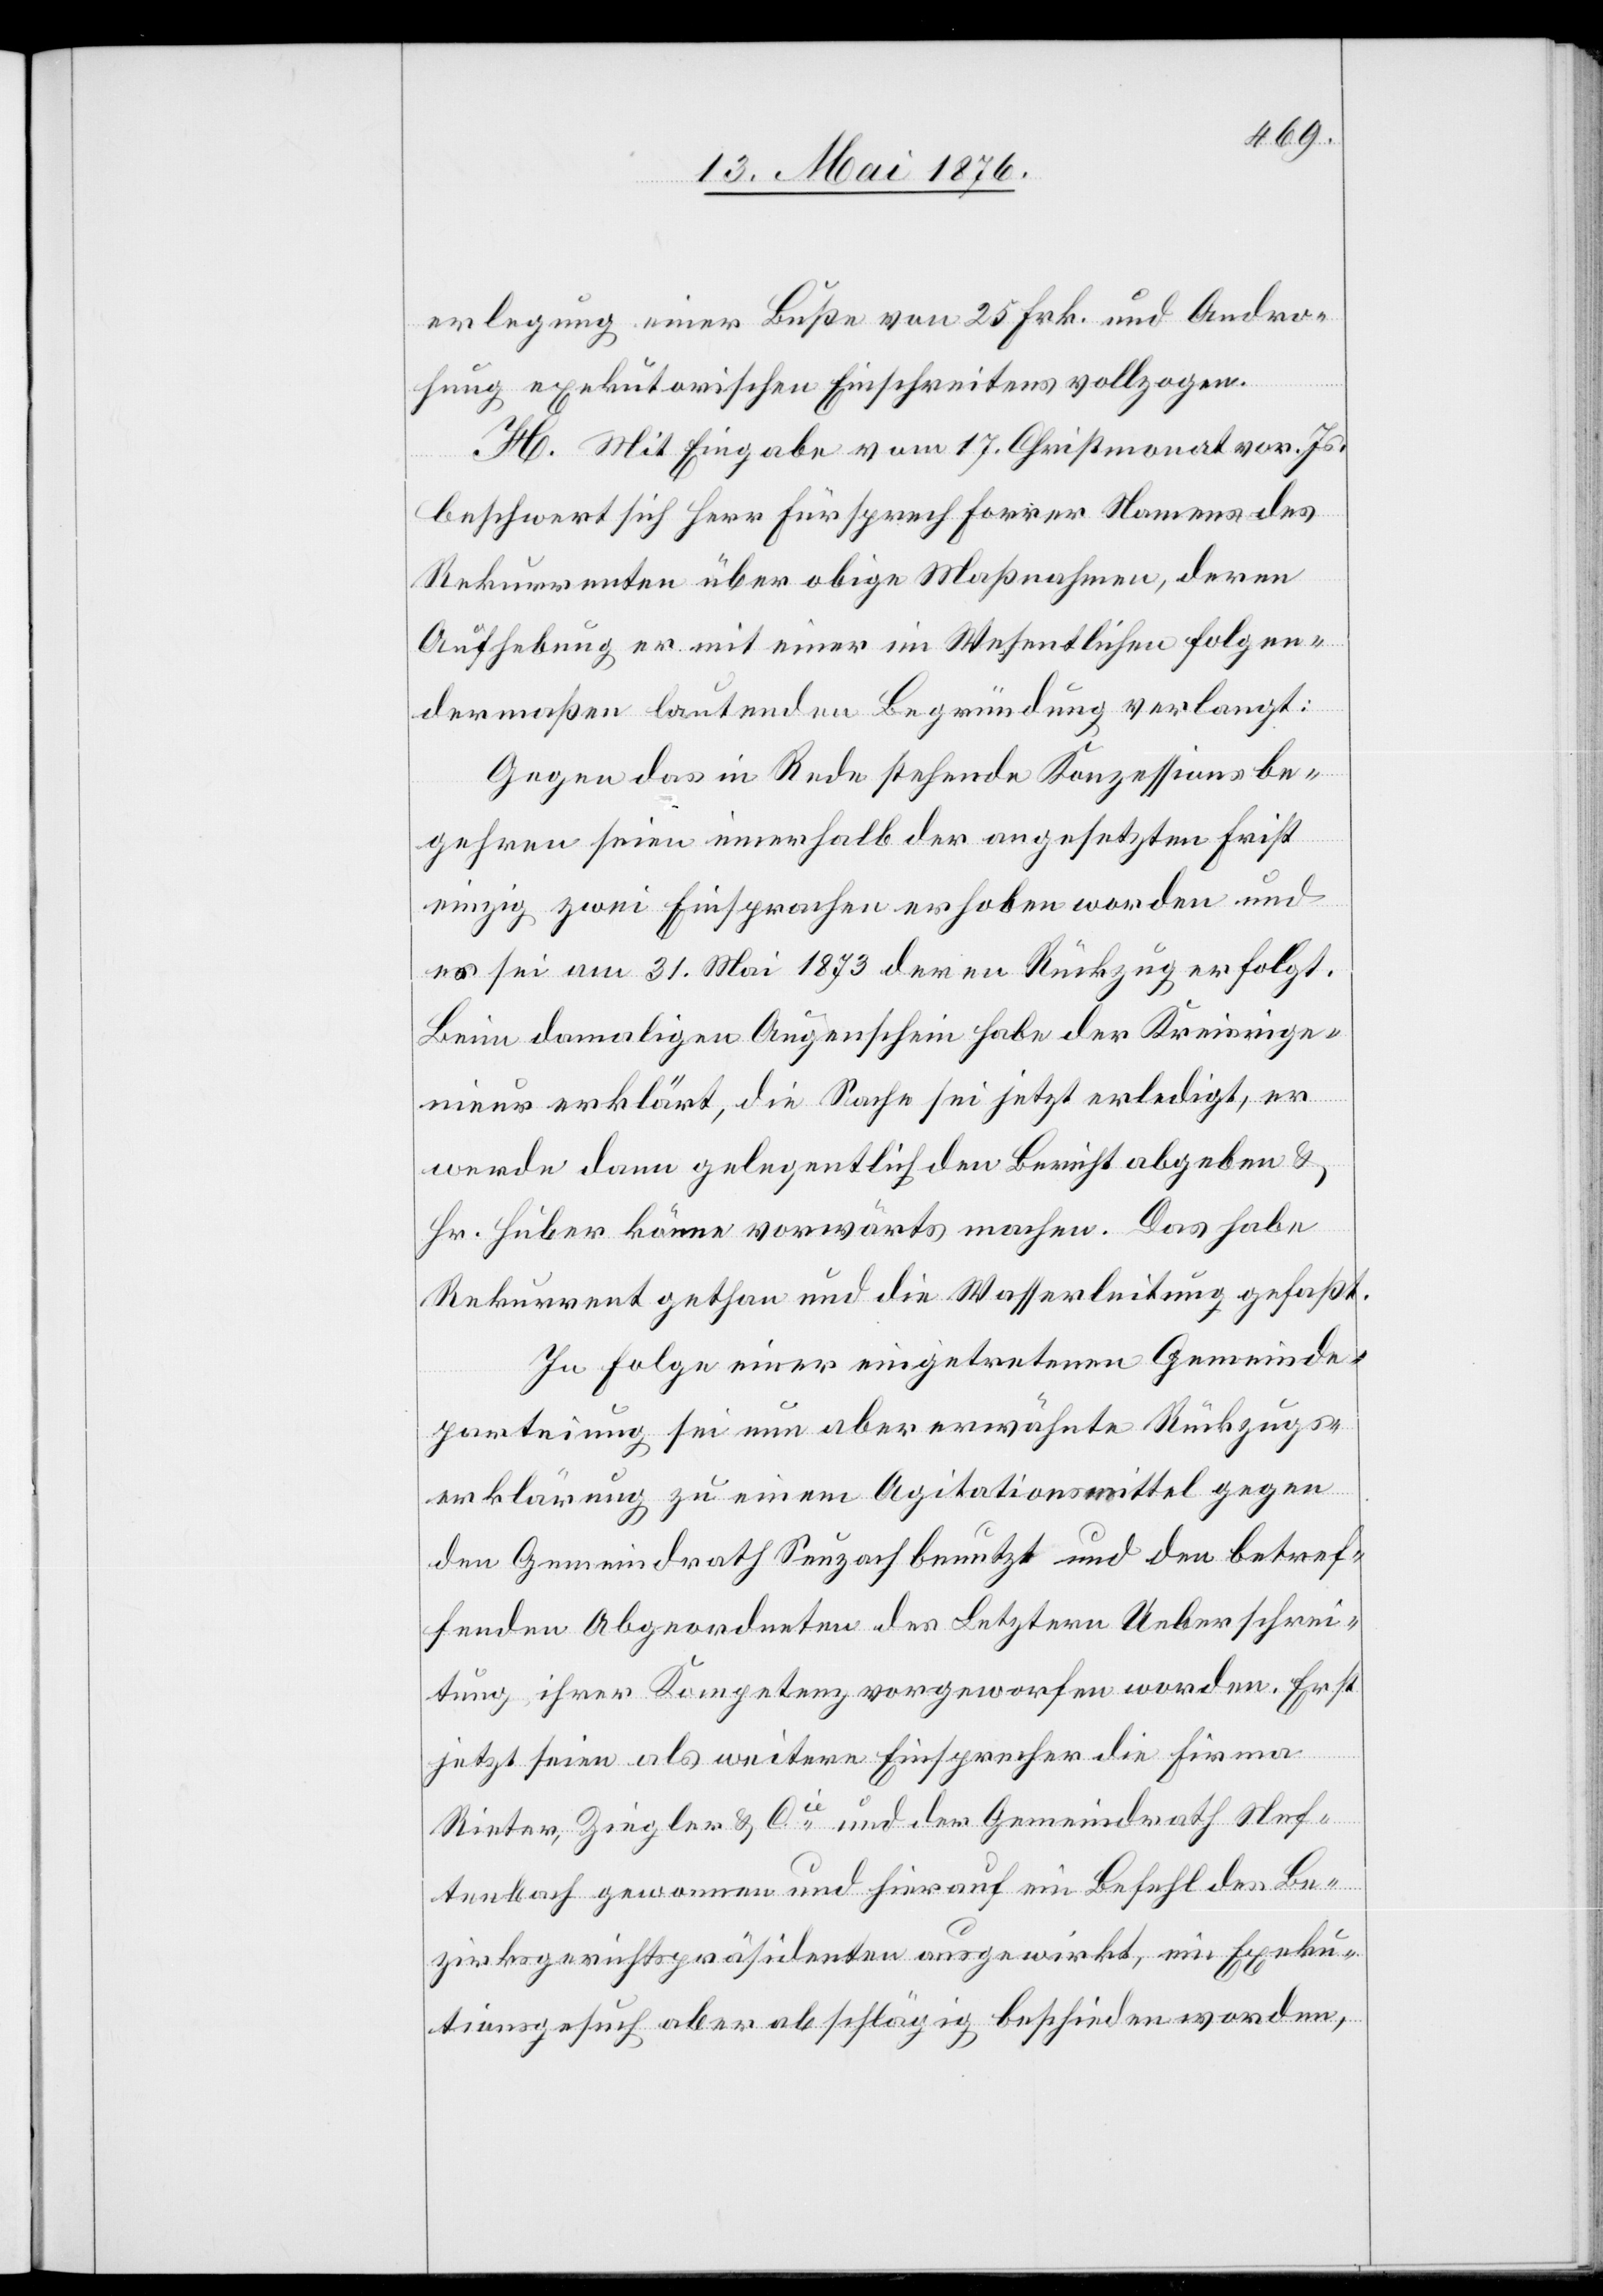
erlegung einer Buße von 25 Frk. und Andro¬
hung exekutorischen Einschreitens vollzogen.
H. Mit Eingabe vom 17. Christmonat vor. Js.
beschwert sich Herr Fürsprech Forrer Namens des
Rekurrenten über obige Maßnahmen, deren
Aufhebung er mit einer im Wesentlichen folgen¬
dermaßen lautenden Begründung verlangt:
Gegen das in Rede stehende Konzessionsbe¬
gehren seien innerhalb der angesetzten Frist
einzig zwei Einsprachen erhoben worden und
es sei am 31. Mai 1873 deren Rückzug erfolgt.
Beim damaligen Augenschein habe der Kreisinge¬
nieur erklärt, die Sache sei jetzt erledigt, er
werde dann gelegentlich den Bericht abgeben &
Hr. Huber könne vorwärts machen. Das habe
Rekurrent gethan und die Wasserleitung gefaßt.
In Folge einer eingetretenen Gemeinde¬
parteiung sei nun aber erwähnte Rückzugs¬
erklärung zu einem Agitationsmittel gegen
den Gemeindrath Seuzach benutzt und den betref¬
fenden Abgeordneten des Letztern Ueberschrei¬
tung ihrer Kompetenz vorgeworfen worden. Erst
jetzt seien als weitere Einsprecher die Firma
Rieter, Ziegler & Cie und der Gemeindrath Nef¬
tenbach gewonnen und hierauf ein Befehl des Be¬
zirksgerichtspräsidenten ausgewirkt, ein Exeku¬
tionsgesuch aber abschlägig beschieden worden,